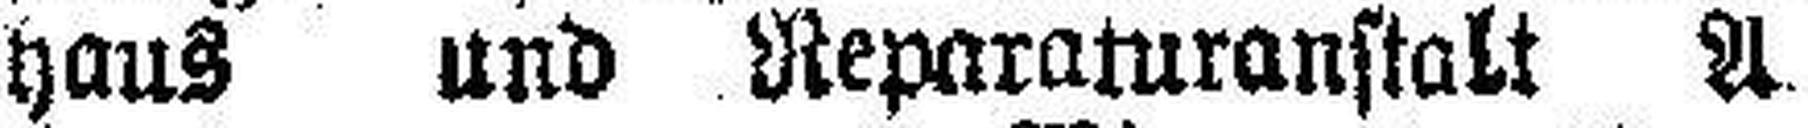
haus und Reparaturanstalt A